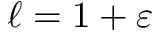
\ell = 1 + \varepsilon